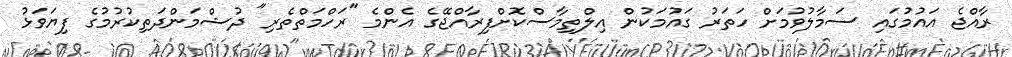
ރާއްޖެ އައުމުގައި ސަމާލުވުމަށް ހަތަރު ގައުމަކުން އިލްތިމާސްކޮށްފިރާއްޖޭގެ އެންމެ "ރަހްމަތްތެރި" ދުޝްމަންދަތިކުރުމުގެ ފިޔަވަޅު